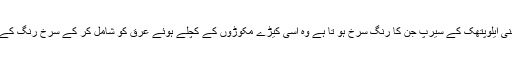
بیشتر انگریزی یعنی ایلوپتھک کے سیرپ جن کا رنگ سرخ ہو تا ہے وہ اسی کیڑے مکوڑوں کے کچلے ہوئے عرق کو شامل کر کے سرخ رنگ کے بنائے جاتے ہیں۔